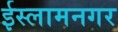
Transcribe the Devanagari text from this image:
ईस्लामनगर